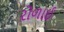
રોળાઈ